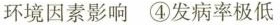
环境因素影响 ④发病率极低